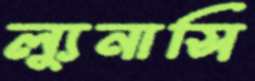
ল্যুনাসি